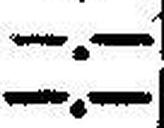
—.—